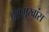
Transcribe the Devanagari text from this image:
देशमुखांस